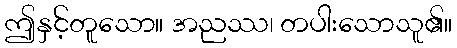
ဤနှင့်တူသော။ အညဿ၊ တပါးသောသူ၏။